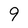
Character: 9